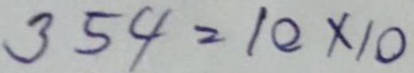
354 = 10 x 10